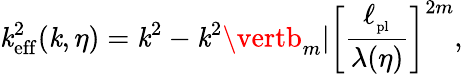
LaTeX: \mathit{k}_{\mathrm{{eff}}}^{2}(\mathit{k},\eta)=\mathit{k}^{2}-\mathit{k}^{2}\vertb_{m}\vert\biggl[{\frac{{\ell_{_\mathrm{{pl}}}}}{{\lambda(\eta)}}}\biggr]^{2m},